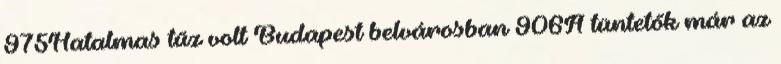
975Hatalmas tűz volt Budapest belvárosban 906A tüntetők már az